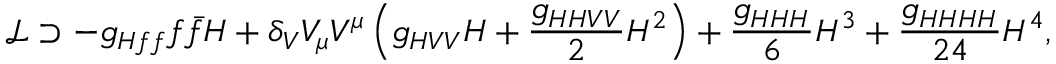
\mathcal { L } \supset - g _ { H f f } f \bar { f } H + \delta _ { V } V _ { \mu } V ^ { \mu } \left( g _ { H V V } H + \frac { g _ { H H V V } } { 2 } H ^ { 2 } \right) + \frac { g _ { H H H } } { 6 } H ^ { 3 } + \frac { g _ { H H H H } } { 2 4 } H ^ { 4 } ,